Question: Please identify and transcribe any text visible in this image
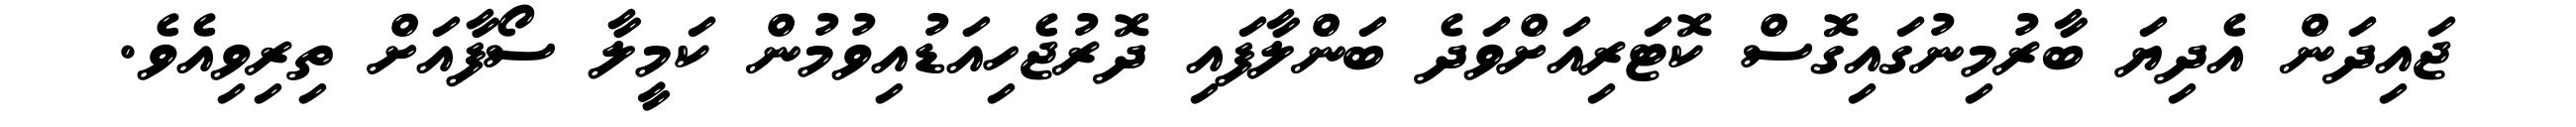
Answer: ޖައިދަން އެދިޔަ ބާރުމިނުގައިގޮސް ކޮޓަރިއަށްވަދެ ބަންލާފައި ދޮރުޖެހިއަޑުއިވުމުން ކަމީލާ ސޯފާއަށް ތިރިވިއެވެ.